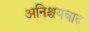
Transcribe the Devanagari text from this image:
अनिश्चयवाद